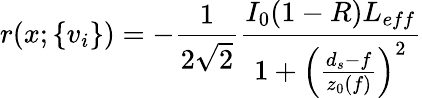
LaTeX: r(x;\{ v_{i}\} )=-\frac{1}{2\sqrt{2}}\frac{I_{0}(1-R)L_{eff}}{1+\left(\frac{d_{s}-f}{z_{0}(f)}\right)^{2}}